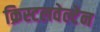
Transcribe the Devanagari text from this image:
क्रिस्टलवेल्टेन